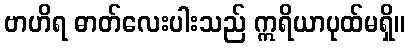
ဗာဟိရ ဓာတ်လေးပါးသည် ဣရိယာပုထ်မရှိ။